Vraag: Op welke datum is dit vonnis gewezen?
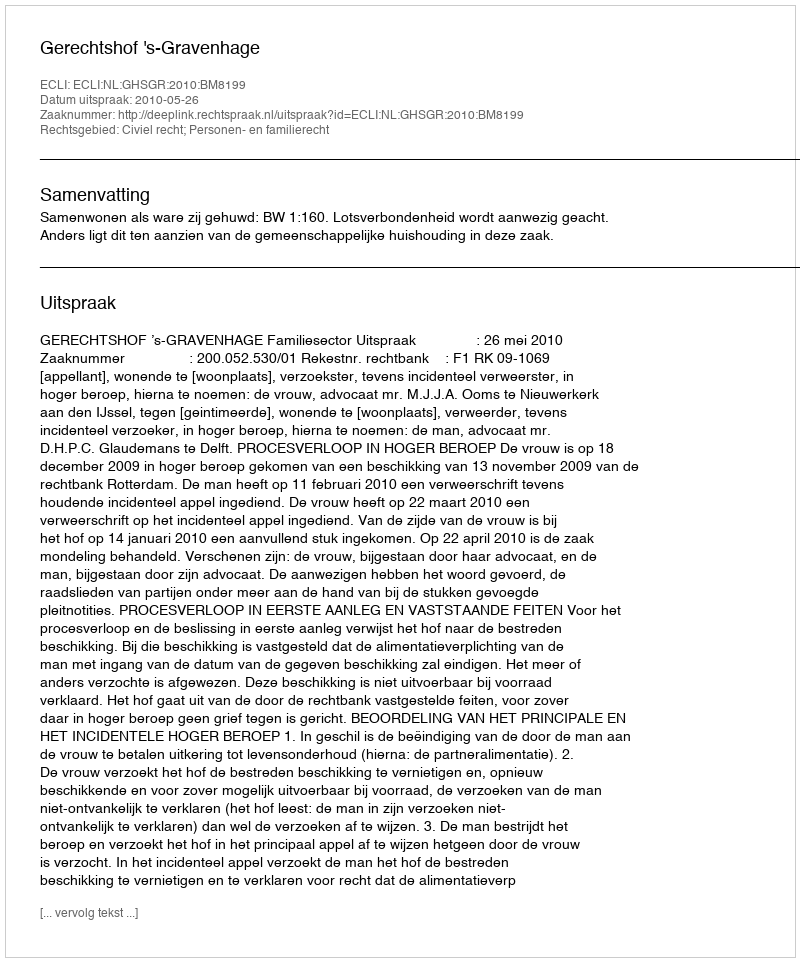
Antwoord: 2010-05-26